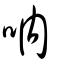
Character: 呐